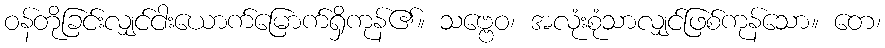
ဝန်တိုခြင်းလျှင်ငါးယောက်မြောက်ရှိကုန်၏။ သဗ္ဗေဝ၊ အလုံးစုံသာလျှင်ဖြစ်ကုန်သော။ တေ၊